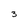
Character: 3